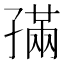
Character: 𡦖